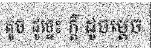
តូច ដូច្នេះ ក្តី ដូចម្តេច